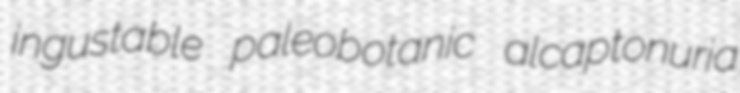
ingustable paleobotanic alcaptonuria